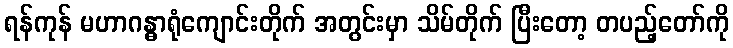
ရန်ကုန် မဟာဂန္ဓာရုံကျောင်းတိုက် အတွင်းမှာ သိမ်တိုက် ပြီးတော့ တပည့်တော်ကို